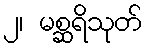
၂၊ မစ္ဆရိသုတ်